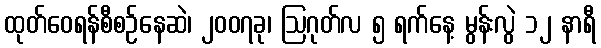
ထုတ်ဝေရန်စီစဉ်နေဆဲ၊ ၂၀၀၇ခု၊ ဩဂုတ်လ ၅ ရက်နေ့ မွန်းလွဲ ၁၂ နာရီ